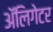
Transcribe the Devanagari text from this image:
अॅलिगेटर